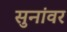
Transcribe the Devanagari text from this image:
सुनांवर